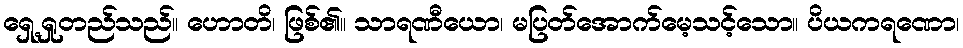
ရှေ့ရှုတည်သည်။ ဟောတိ၊ ဖြစ်၏။ သာရဏီယော၊ မပြတ်အောက်မေ့သင့်သော။ ပိယကရဏော၊